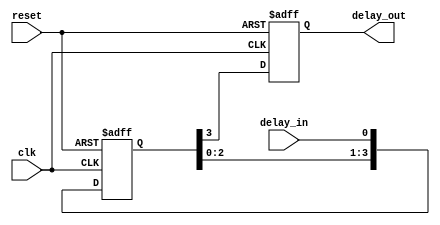
module d_flip_flop_delay (
    input wire clk,
    input wire reset,
    input wire delay_in,
    output reg delay_out
);

// Internal signal to introduce delay
reg [3:0] delay_signal;

// Assign delay signal based on clock and input signal
always @(posedge clk or posedge reset) begin
    if (reset) begin
        delay_signal <= 4'b0000; // Reset delay signal
    end else begin
        delay_signal <= {delay_signal[2:0], delay_in}; // Shift input signal into delay signal
    end
end

// D flip-flop to latch delayed signal
always @(posedge clk or posedge reset) begin
    if (reset) begin
        delay_out <= 1'b0; // Reset output
    end else begin
        delay_out <= delay_signal[3]; // Latch delayed signal
    end
end

endmodule